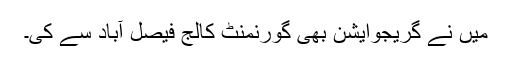
میں نے گریجوایشن بھی گورنمنٹ کالج فیصل آباد سے کی۔